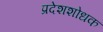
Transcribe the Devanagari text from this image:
प्रदेशशोधक